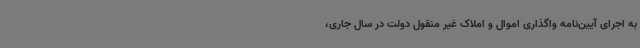
به اجرای آیین‌نامه واگذاری اموال و املاک غیر منقول دولت در سال جاری،